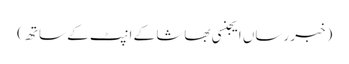
(خبر رساں ایجنسی بھاشا کے انپٹ کے ساتھ)